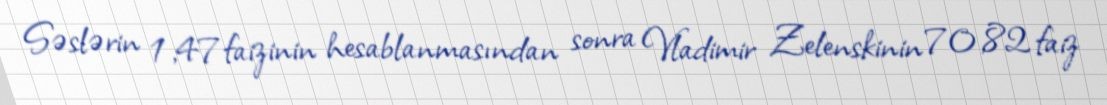
Səslərin 1,47faizinin hesablanmasından sonra Vladimir Zelenskinin 70,82 faiz